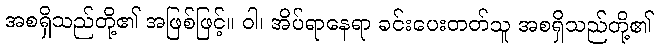
အစရှိသည်တို့၏ အဖြစ်ဖြင့်။ ဝါ၊ အိပ်ရာနေရာ ခင်းပေးတတ်သူ အစရှိသည်တို့၏